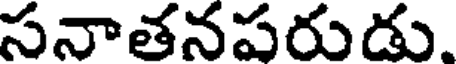
సనాతనపరుడు.